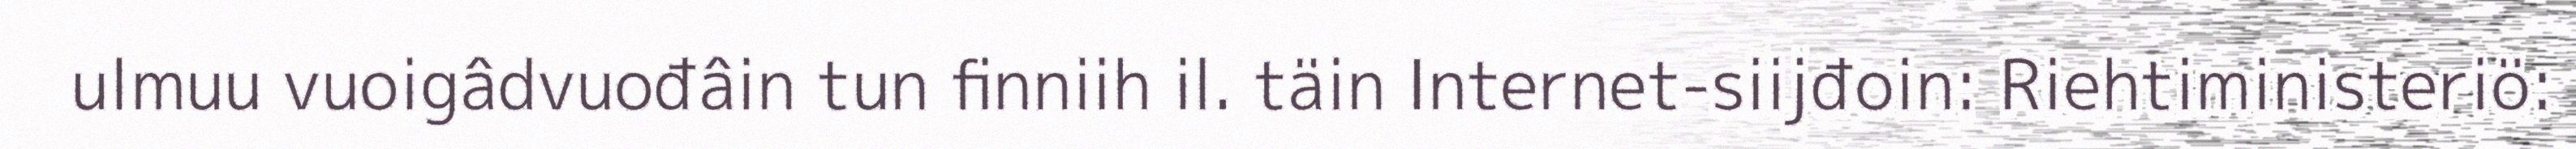
ulmuu vuoigâdvuođâin tun finniih il. täin Internet-siijđoin: Riehtiministeriö: